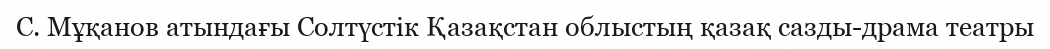
С. Мұқанов атындағы Солтүстік Қазақстан облыстың қазақ сазды-драма театры